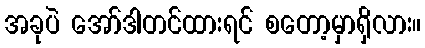
အခုပဲ အော်ဒါတင်ထားရင် စတော့မှာရှိလား။